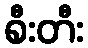
စီးတီး